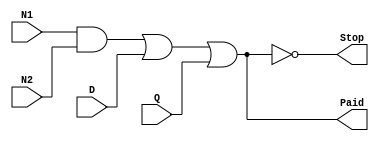
module toll(
	input N1,
	input N2,
	input D,
	input Q,
	output Paid,
	output Stop
);

	assign Paid = (N1 & N2) | D | Q;
	assign Stop = ~Paid;

endmodule